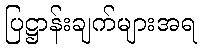
ပြဋ္ဌာန်းချက်များအရ